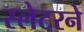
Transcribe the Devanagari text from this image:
स्लेटरने